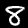
Digit: 8